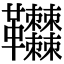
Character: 𩎎